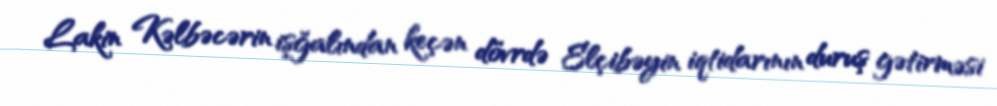
Lakin Kəlbəcərin işğalından keçən dövrdə Elçibəyin iqtidarının duruş gətirməsi